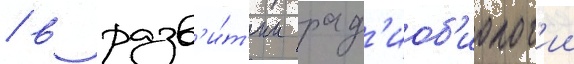
/ в разв'и́т'ии рад'иоб'иолог'ии